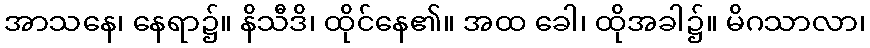
အာသနေ၊ နေရာ၌။ နိသီဒိ၊ ထိုင်နေ၏။ အထ ခေါ၊ ထိုအခါ၌။ မိဂသာလာ၊